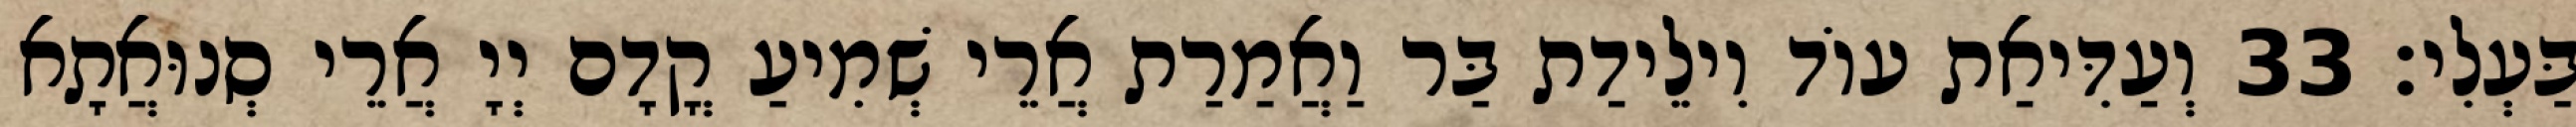
בַּעְלִי׃ 33 וְעַדִּיאַת עוֹד וִילֵידַת בַּר וַאֲמַרַת אֲרֵי שְׁמִיעַ קֳדָם יְיָ אֲרֵי סְנוּאֲתָא